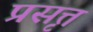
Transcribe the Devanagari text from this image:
प्रसृत्त